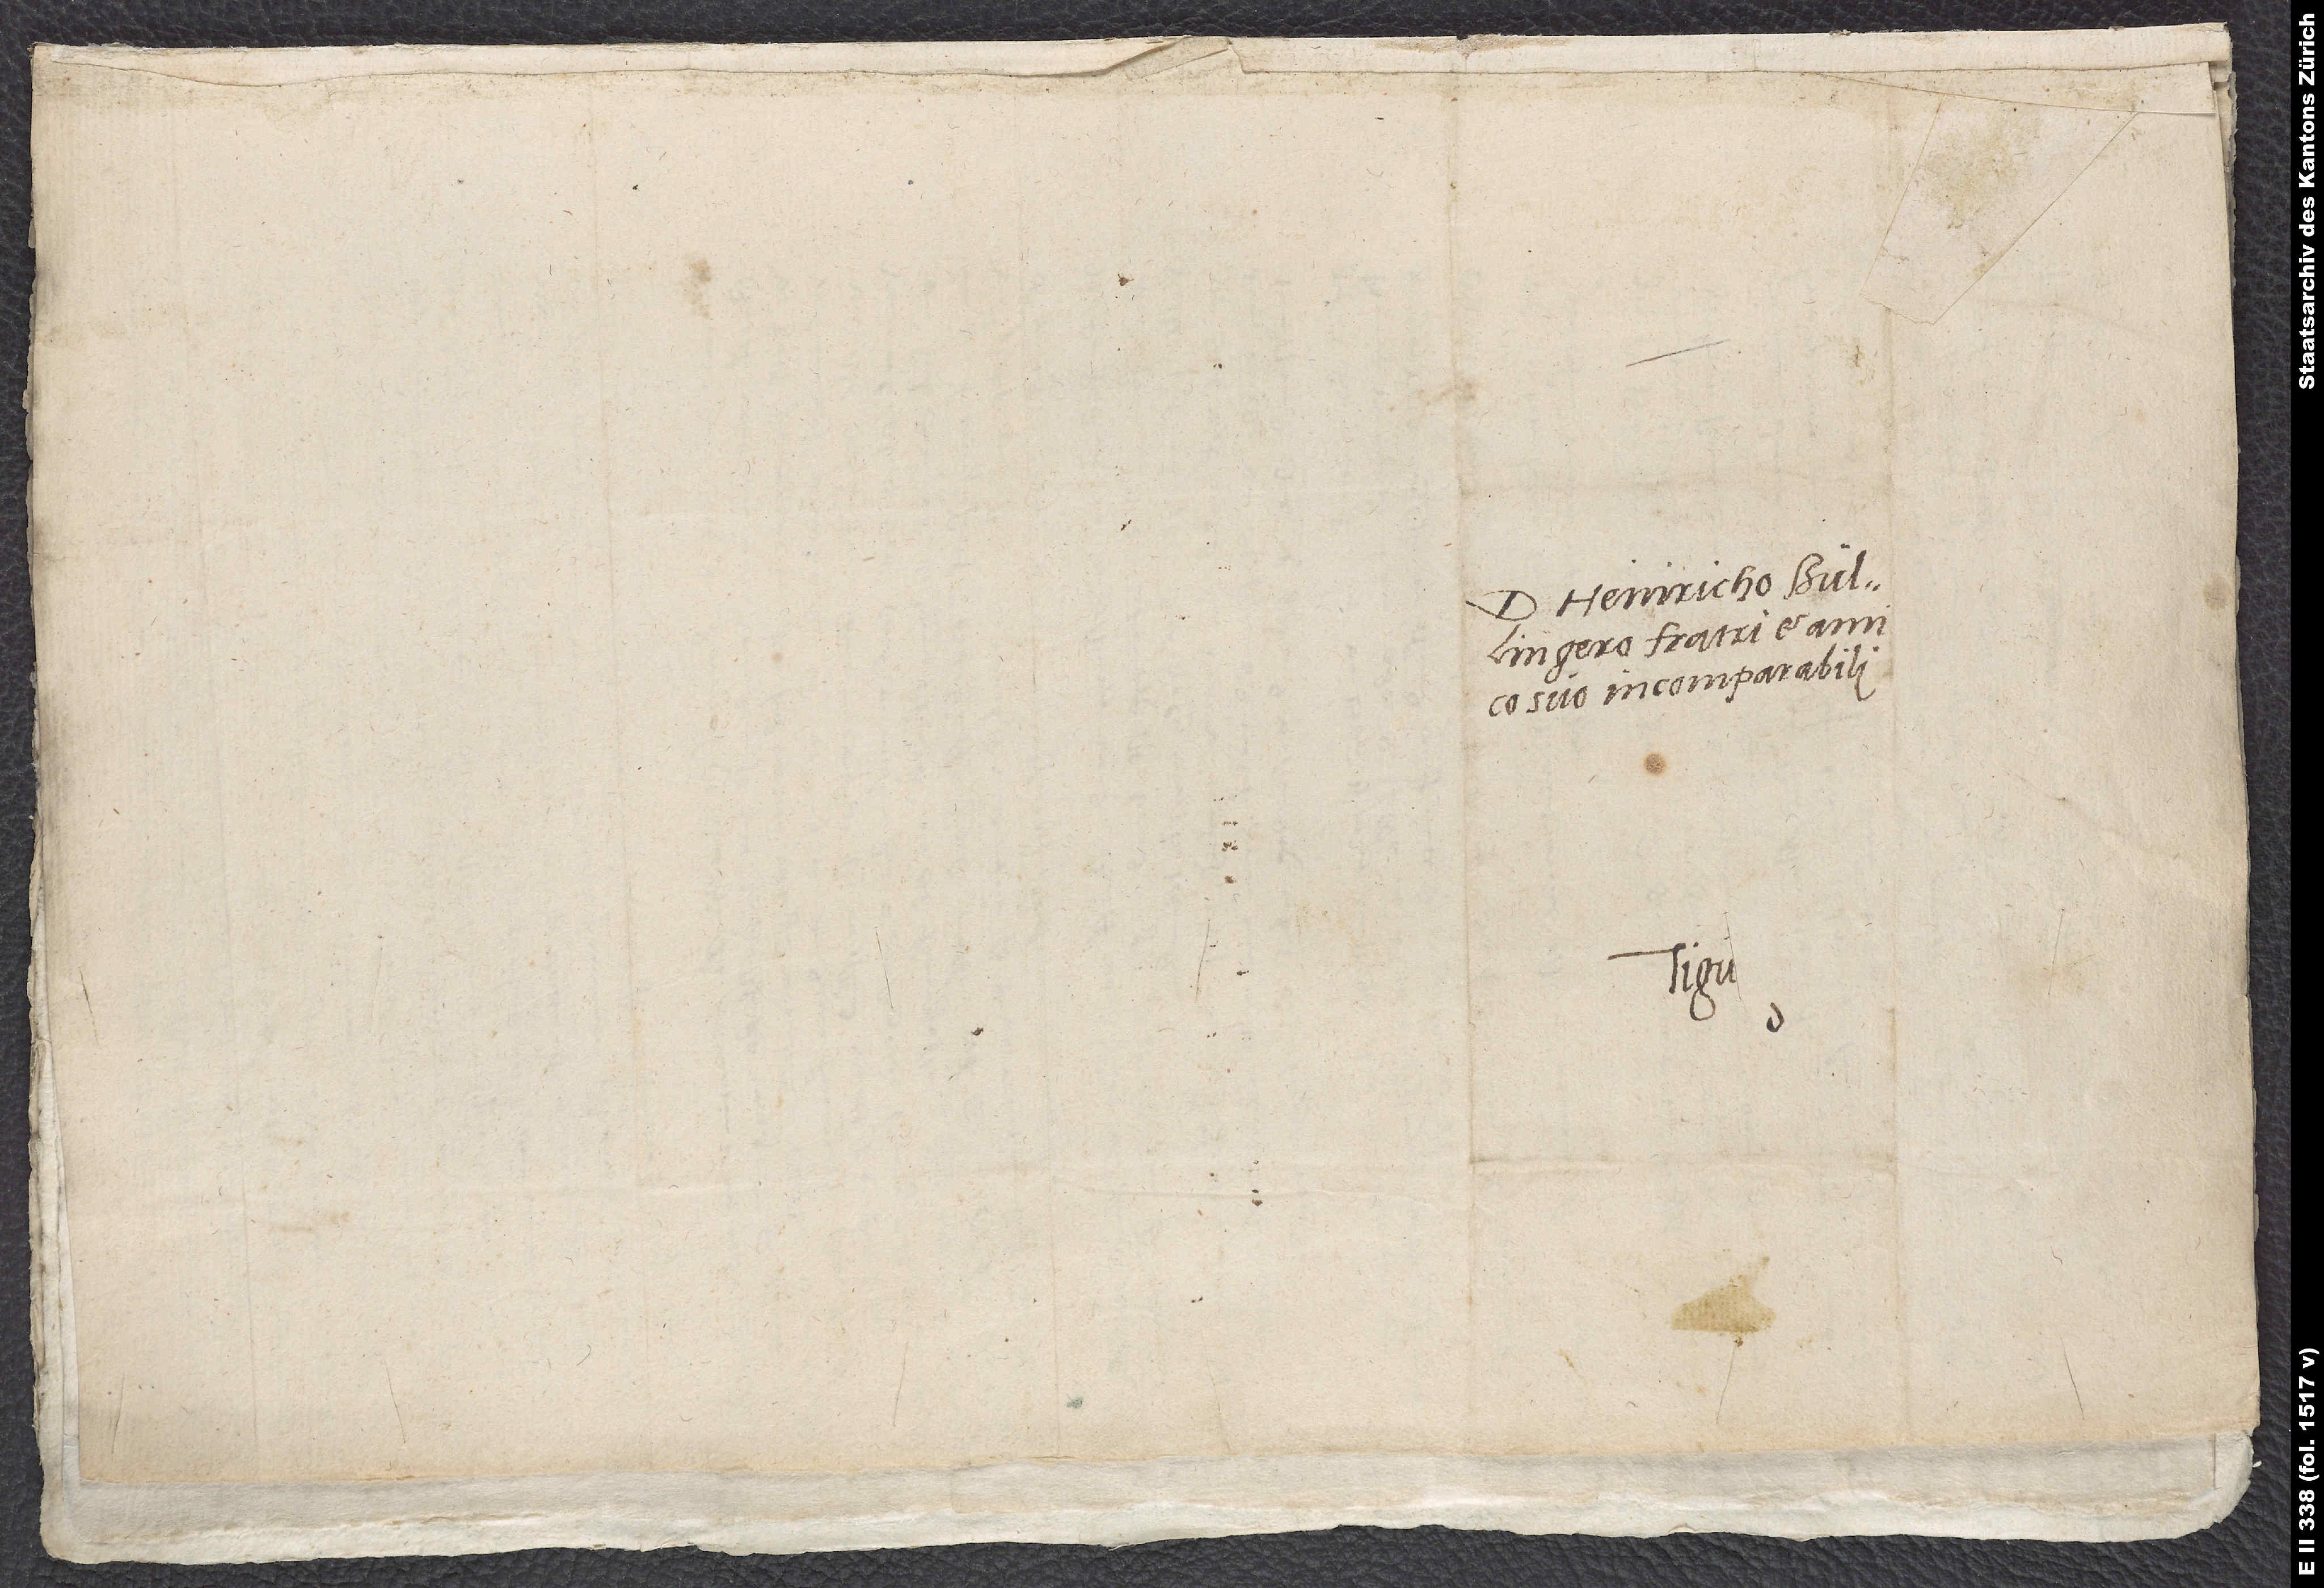
D. Heinricho Bullingero,
suo incomparabili.
Tigu.